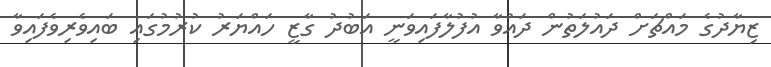
ޒިޔާދުގެ މައްޗަށް ދައުލަތުން ދައުވާ އުފުލާފައިވަނީ އަބުދު ގާޒީ ހައްޔަރު ކުރުމުގައި ބައިވެރިވެފައިވާ